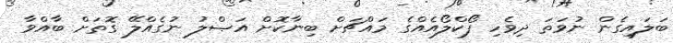
ބަލައިގެން ނުވަތަ ދިވެހި ފޯކްލޯއެއްގެ މައްޗަށް ބިނާކޮށް އަޞްލު ނުގެއްލޭ ގޮތަށް ބާއްވާ